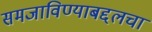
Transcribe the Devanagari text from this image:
समजाविण्याबद्दलचा